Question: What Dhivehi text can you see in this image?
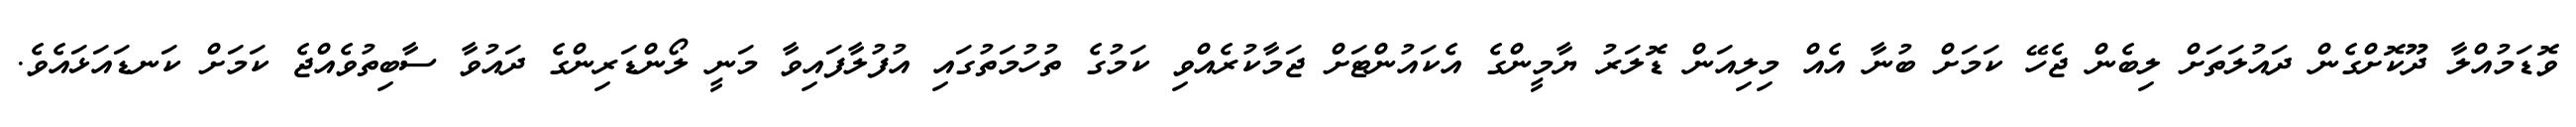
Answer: ވޮޑަމުއްލާ ދޫކޮށްގެން ދައުލަތަށް ލިބެން ޖެހޭ ކަމަށް ބުނާ އެއް މިލިއަން ޑޮލަރު ޔާމީންގެ އެކައުންޓަށް ޖަމާކުރެއްވި ކަމުގެ ތުހުމަތުގައި އުފުލާފައިވާ މަނީ ލޯންޑަރިންގެ ދައުވާ ސާބިތުވެއްޖެ ކަމަށް ކަނޑައަޅައެވެ.